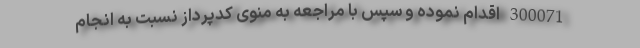
300071 اقدام نموده و سپس با مراجعه به منوی کدپرداز نسبت به انجام